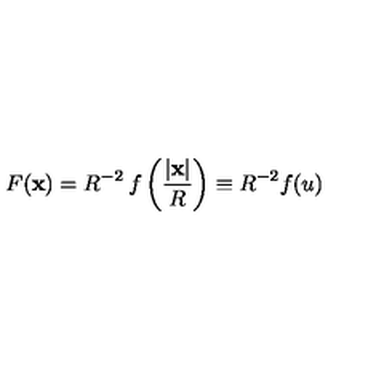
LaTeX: F ( \mathbf { x } ) = R ^ { - 2 } \: f \left( { \frac { | \mathbf { x } | } { R } } \right) \equiv R ^ { - 2 } f ( u )